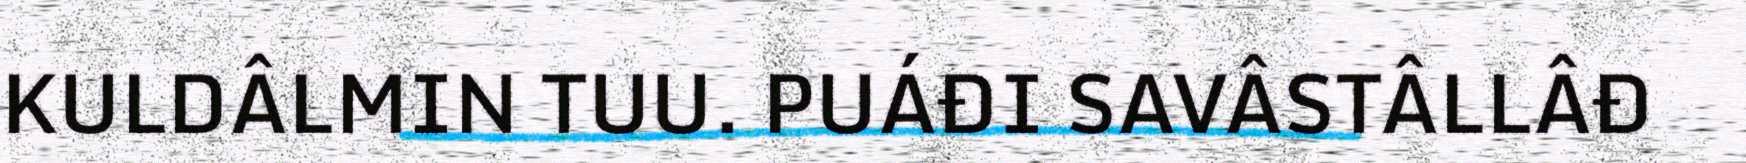
KULDÂLMIN TUU. PUÁĐI SAVÂSTÂLLÂĐ